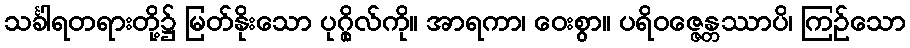
သင်္ခါရတရားတို့၌ မြတ်နိုးသော ပုဂ္ဂိုလ်ကို။ အာရကာ၊ ဝေးစွာ။ ပရိဝဇ္ဇေန္တဿာပိ၊ ကြဉ်သော